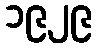
၁၉၂၉